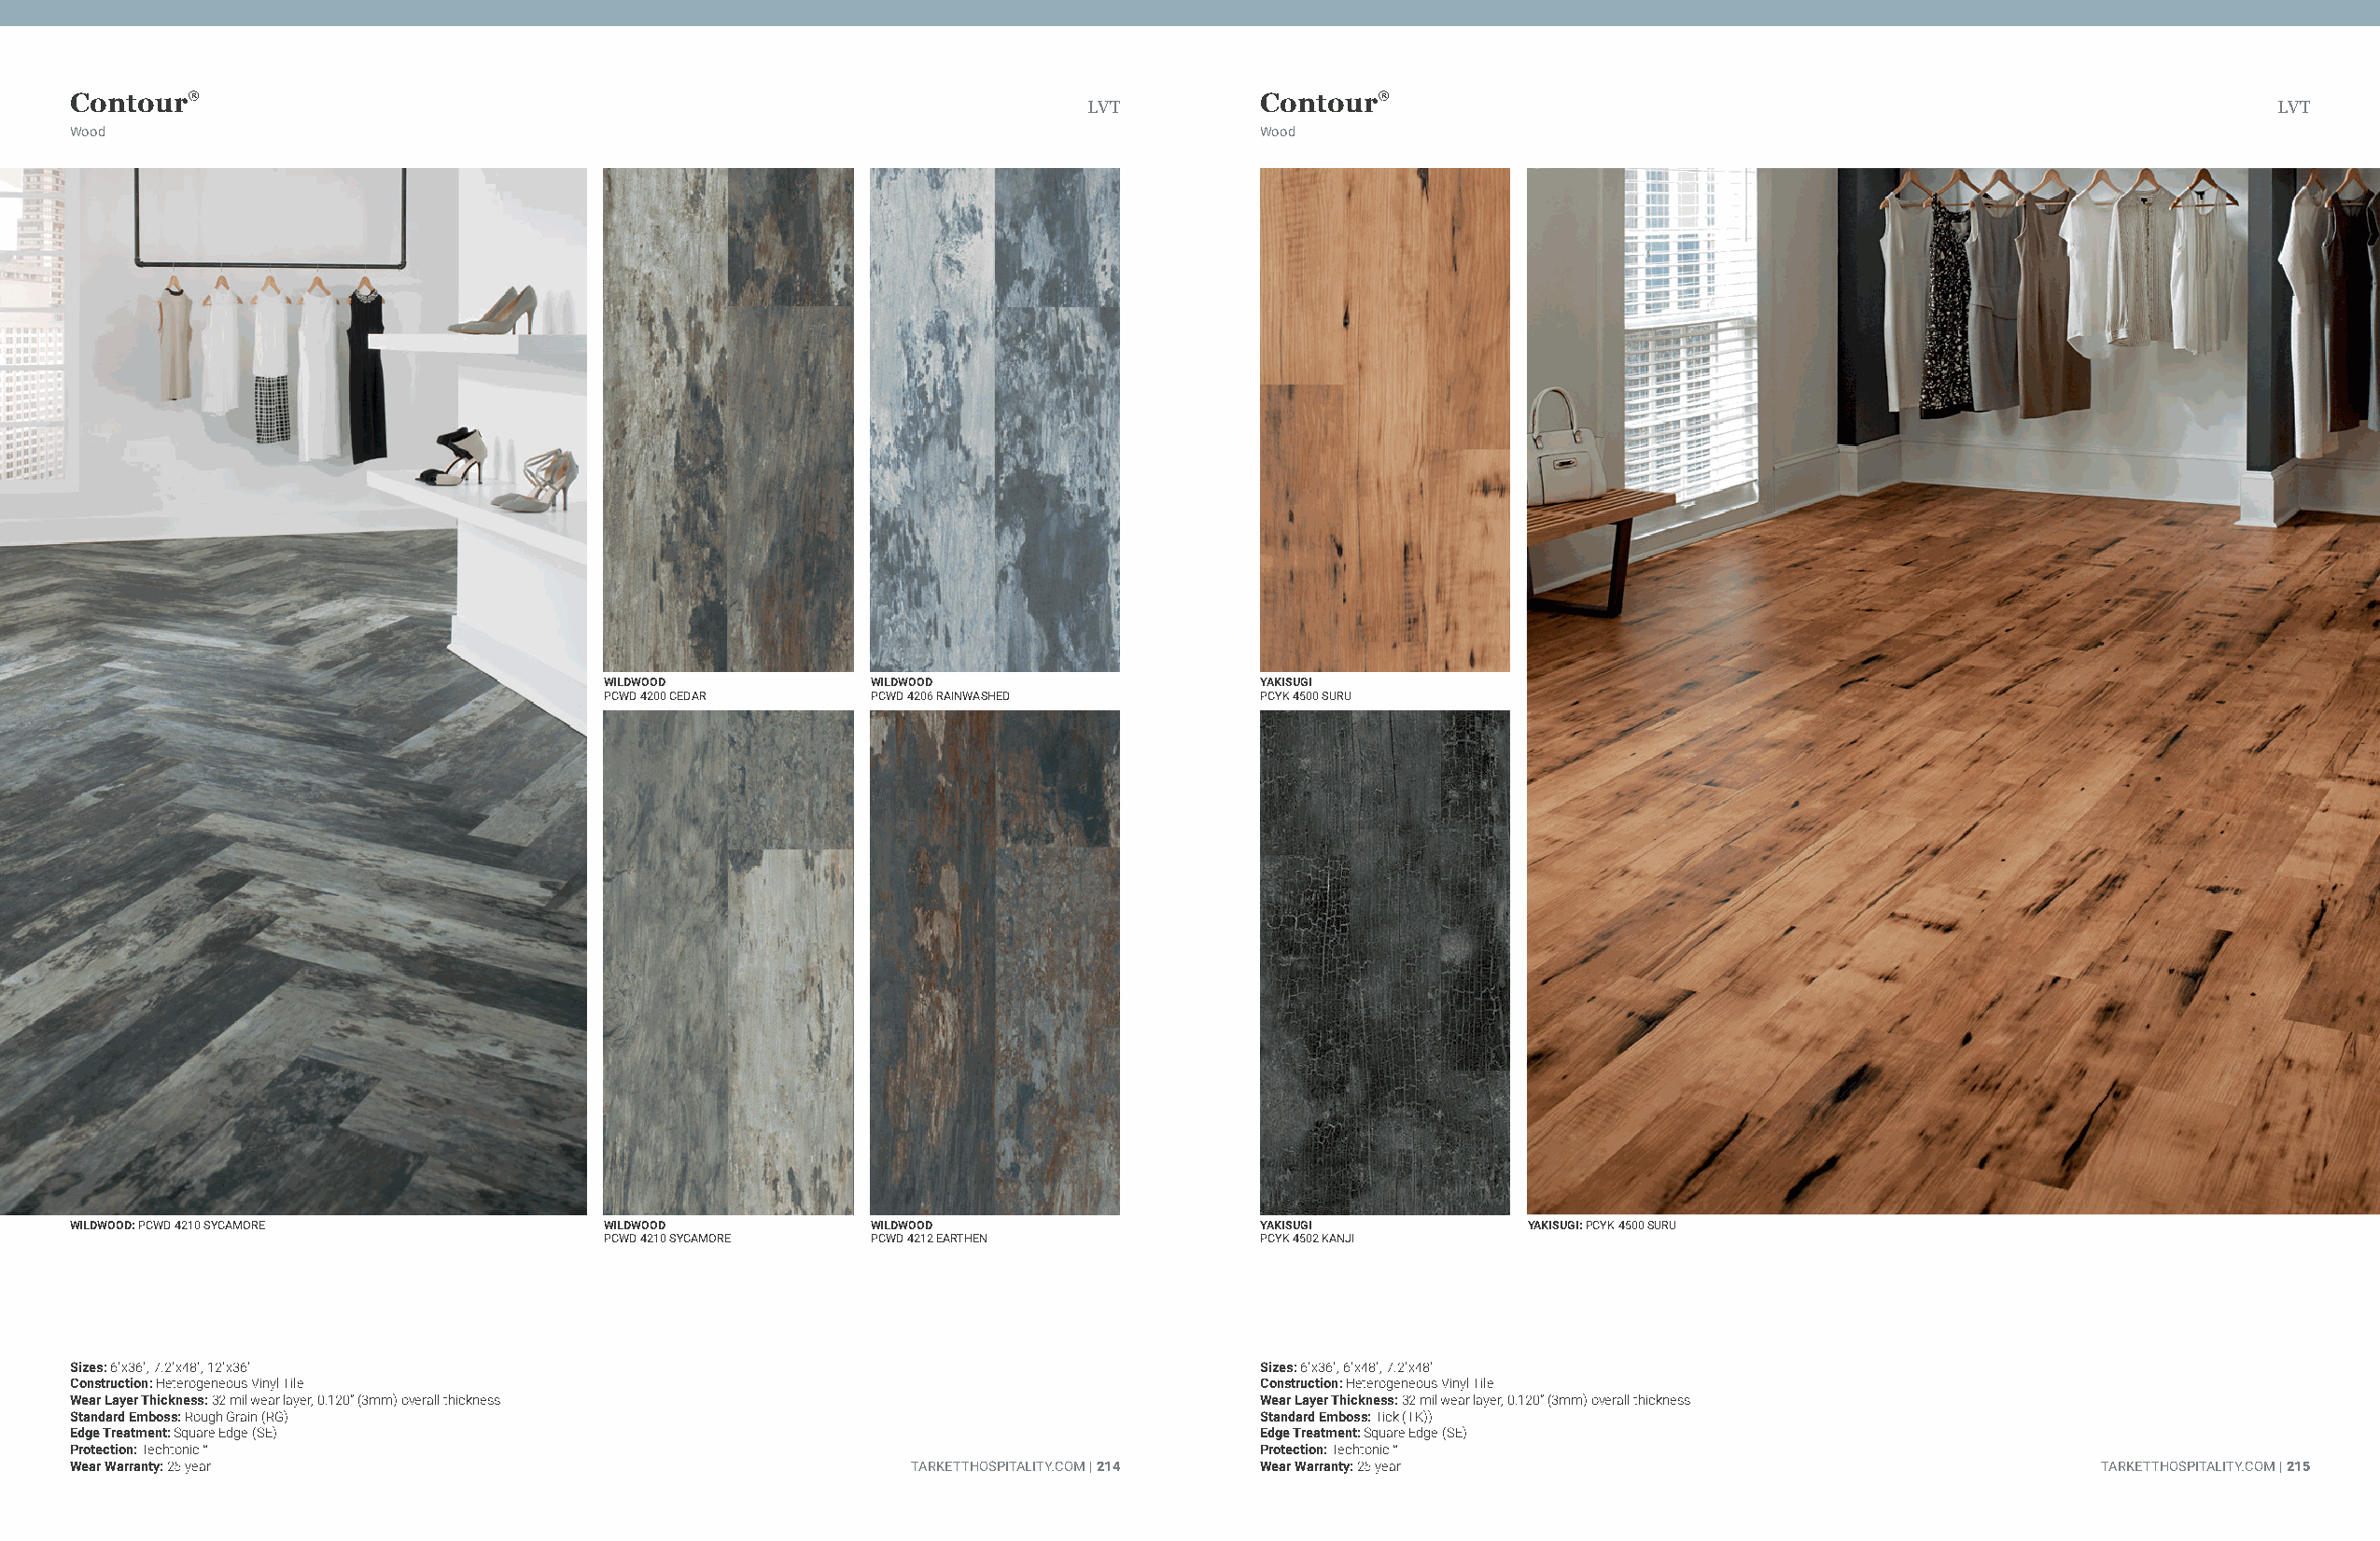
Contour®                                                                            Contour®
 LVT                                                                                  LVT
 Wood                                                                                Wood
 WILDWOOD           WILDWOOD                   YAKISUGI
 PCWD 4200 CEDAR    PCWD 4206 RAINWASHED       PCYK 4500 SURU
 WILDWOOD: PCWD 4210 SYCAMORE          WILDWOOD           WILDWOOD                   YAKISUGI           YAKISUGI: PCYK 4500 SURU
 PCWD 4210 SYCAMORE PCWD 4212 EARTHEN          PCYK 4502 KANJI
 Sizes: 6"x36", 7.2"x48", 12"x36"                                                    Sizes: 6"x36", 6"x48", 7.2"x48"
 Construction: Heterogeneous Vinyl Tile                                              Construction: Heterogeneous Vinyl Tile
 Wear Layer Thickness: 32 mil wear layer, 0.120” (3mm) overall thickness             Wear Layer Thickness: 32 mil wear layer, 0.120” (3mm) overall thickness
 Standard Emboss: Rough Grain (RG)                                                   Standard Emboss: Tick (TK))
 Edge Treatment: Square Edge (SE)                                                    Edge Treatment: Square Edge (SE)
 Protection: Techtonic™                                                              Protection: Techtonic™
 Wear Warranty: 25 year                                      TARKETTHOSPITALITY.COM | 214 Wear Warranty: 25 year                                 TARKETTHOSPITALITY.COM | 215